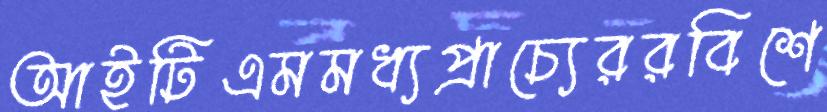
আইটিএমমধ্যপ্রাচ্যেররবিশে